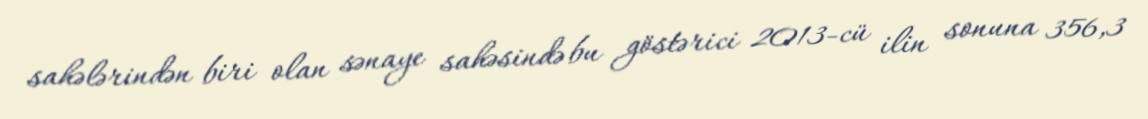
sahələrindən biri olan sənaye sahəsində bu göstərici 2013-cü ilin sonuna 356,3